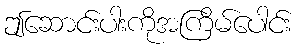
ဤဆောင်းပါးကိုအကြိမ်ပေါင်း